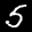
Label: 5